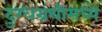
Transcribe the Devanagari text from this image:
दुग्धग्रंथीमध्ये